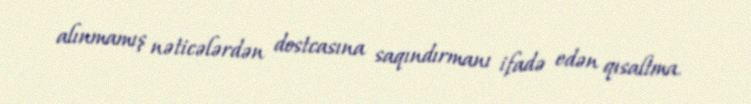
alınmamış nəticələrdən dostcasına saqındırmanı ifadə edən qısaltma.